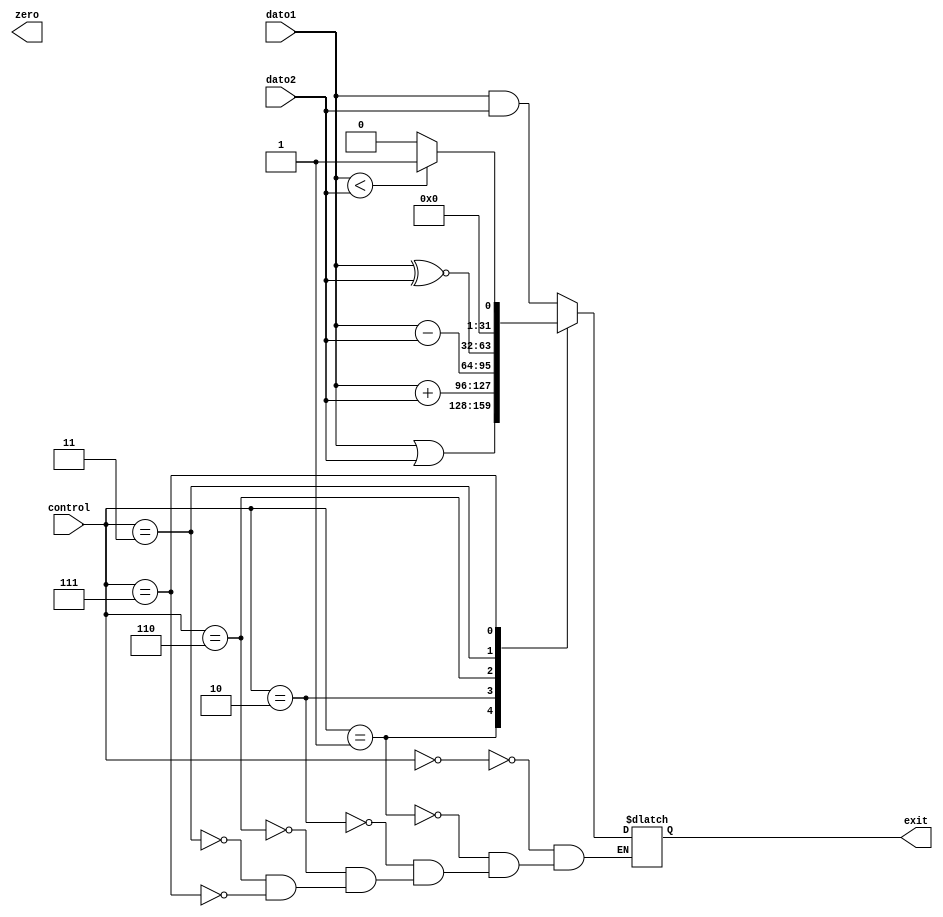
module ALU(control, dato1, dato2, zero, exit);
input [2:0] control;
input [31:0] dato1,dato2;
output reg zero;
output reg [31:0] exit;
always@(*)
begin 
	case(control)
	  3'b000:
	  begin
		exit <= dato1 & dato2;
	  end
	  3'b001:
	  begin
		exit <= dato1 | dato2;
	  end
	  3'b010:
	  begin
		exit <= dato1 + dato2;
	  end
	  3'b110:
	  begin
		exit <= dato1 - dato2;
	  end
	  3'b011:
	  begin
		exit <= dato1 ~^ dato2;
	  end
	  3'b111:
	  begin
		if(dato1 < dato2)
		begin
			exit <= 1;
		  end
		else
		  begin
			exit <= 0;
		  end
	  end	  
	endcase
	$display("entrada de dato 1: %d",dato1);
	$display("entrada de dato 2: %d",dato2);
	$display("entrada de control: %b",control);
	$display("valor que sale de operacion: %d",exit);
end
endmodule